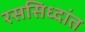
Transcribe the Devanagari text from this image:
रससिध्दांत